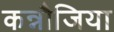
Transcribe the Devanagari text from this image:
कन्नौजिया